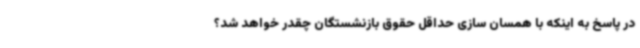
در پاسخ به اینکه با همسان سازی حداقل حقوق بازنشستگان چقدر خواهد شد؟